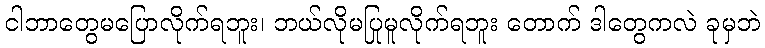
ငါဘာတွေမပြောလိုက်ရဘူး၊ ဘယ်လိုမပြုမူလိုက်ရဘူး တောက် ဒါတွေကလဲ ခုမှဘဲ